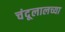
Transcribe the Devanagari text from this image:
चंदूलालच्या